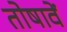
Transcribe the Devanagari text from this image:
तोषावें